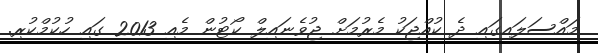
މައްސަލައިގައި ދެ ކުއްޖަކު މެރުމަށް ޖުވެނައިލް ކޯޓުން މެއި 2013 ގައި ހުކުމްކުރި.